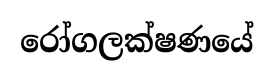
රෝගලක්ෂණයේ